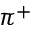
\pi ^ { + }